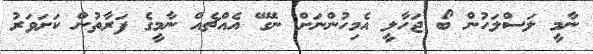
ނާމީ ލަސްލަހުން ބޯ ޖަހާލީ އެމިހުންނަށް ނޭގޭ އެއްޗެއް ނާމީގެ ފަރާތުން ކަށަވަރު